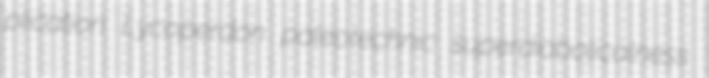
plication Lycoperdon paleotechnic superdiabolicalness